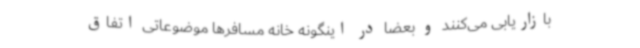
بازاریابی می‌کنند و بعضاً در اینگونه خانه مسافرها موضوعاتی اتفاق